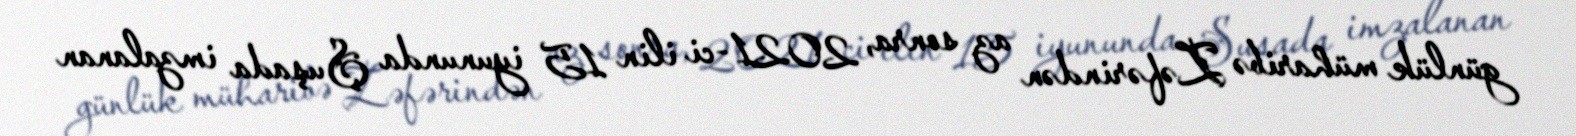
günlük müharibə Zəfərindən az sonra, 2021-ci ilin 15 iyununda Şuşada imzalanan